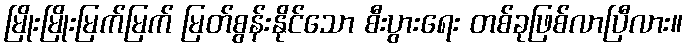
မြိုးမြိုးမြက်မြက် မြတ်စွန်းနိုင်သော စီးပွားရေး တစ်ခုဖြစ်လာပြီလား။